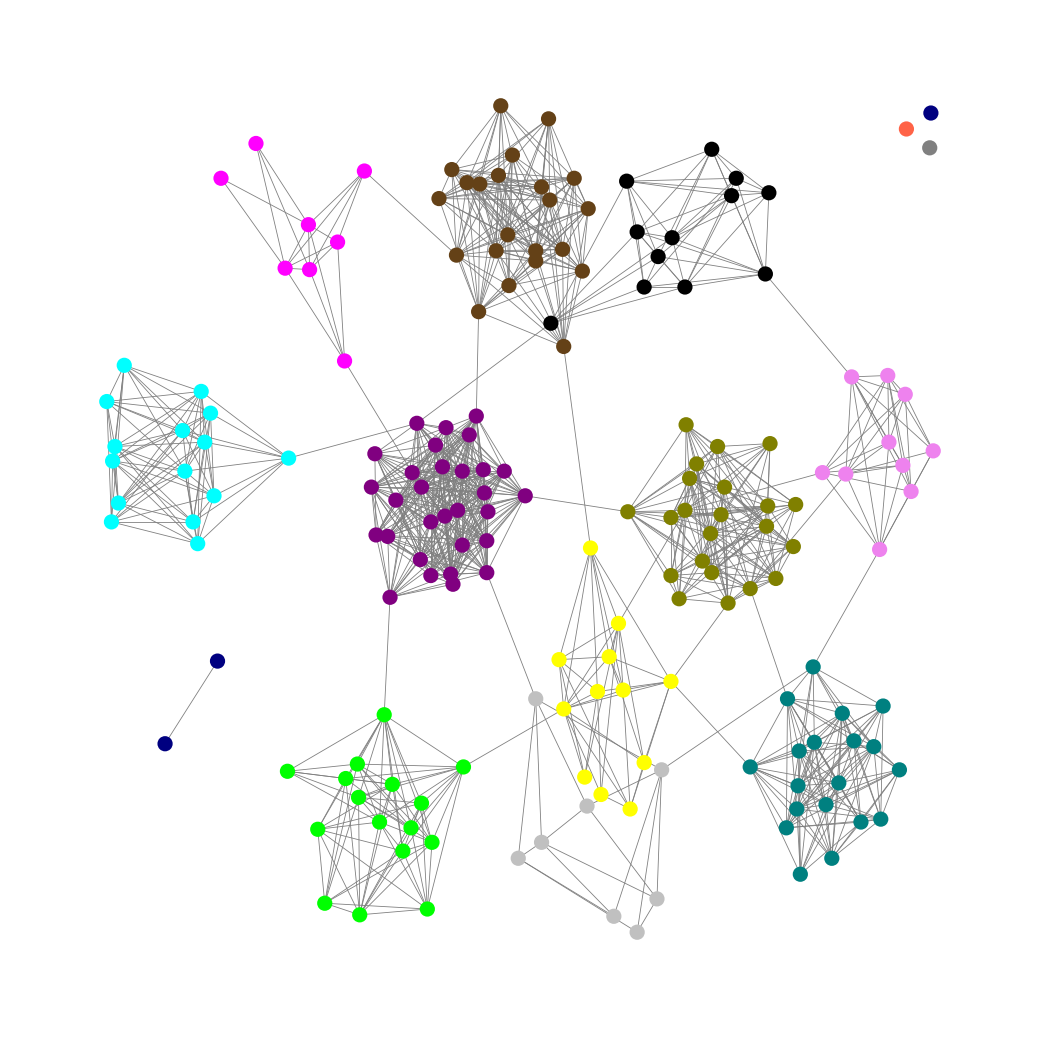
Graph connected: No
Number of connected components: 5
Number of singletons: 3
Total number of nodes: 179
Total number of edges: 1062
Number of communities: 14
Community sizes:
Aqua: 15
Black: 12
Fuchsia: 8
Gray: 1
Lime: 16
Navy: 3
Olive: 22
Pullman Brown: 22
Purple: 30
Silver: 8
Teal: 19
Tomato: 1
Violet: 10
Yellow: 12
Graph layout: tda
Graph generation method: erdos_renyi